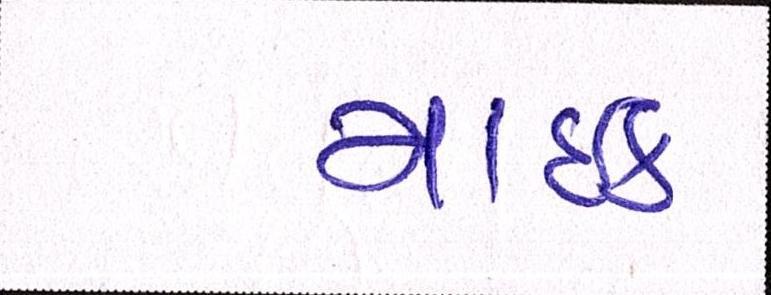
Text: માઇક